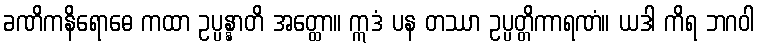
ခဏိကနိရောဓေ ကထာ ဥပ္ပန္နာတိ အတ္ထော။ ဣဒံ ပန တဿာ ဥပ္ပတ္တိကာရဏံ။ ယဒါ ကိရ ဘဂဝါ